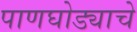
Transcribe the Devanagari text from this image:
पाणघोड्याचे